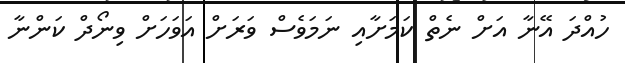
ހުއްދަ އޭނާ އަށް ނެތް ކަަމަށާއި ނަމަވެސް ވަރަށް އަވަހަށް ވިނޯދް ކަންނާ